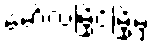
မော်လမြိုင်မြို့မှ